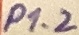
Text: P1.2